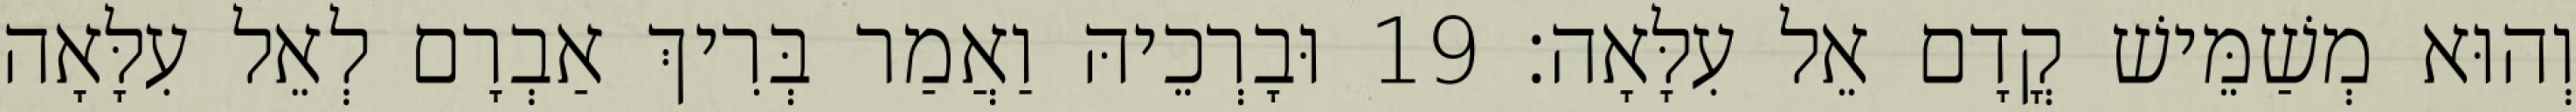
וְהוּא מְשַׁמֵּישׁ קֳדָם אֵל עִלָּאָה׃ 19 וּבָרְכֵיהּ וַאֲמַר בְּרִיךְ אַבְרָם לְאֵל עִלָּאָה